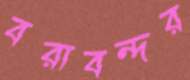
বরাবন্দর